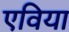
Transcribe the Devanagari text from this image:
एविया